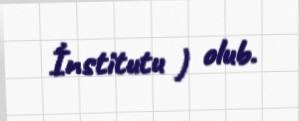
İnstitutu ) olub.